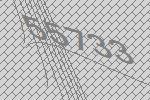
55733